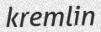
kremlin